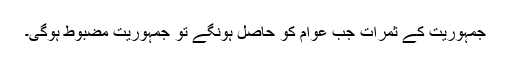
جمہوریت کے ثمرات جب عوام کو حاصل ہونگے تو جمہوریت مضبوط ہوگی۔